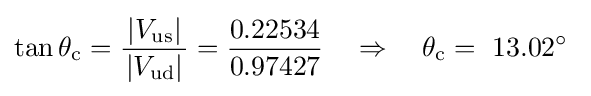
\tan \theta _{\mathrm {c} }={\frac {\,|V_{\mathrm {us} }|\,}{|V_{\mathrm {ud} }|}}={\frac {0.22534}{0.97427}}\quad \Rightarrow \quad \theta _{\mathrm {c} }=~13.02^{\circ }~